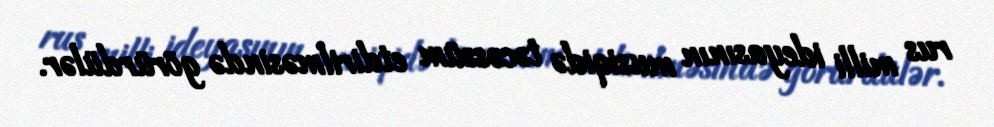
rus milli ideyasının musiqidə təcəssüm etdirilməsində görürdülər.